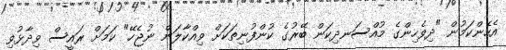
އެހެންކަމުން "ދިވެހިންގެ މުއްސަނދިކަން ބޭރުގެ ކުންފުނިތަކަށް ވިއްކާލަން ނުޖެހޭ" ކަމަށް ރައީސް ވިދާޅުވި